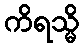
ကိရသ္မိ